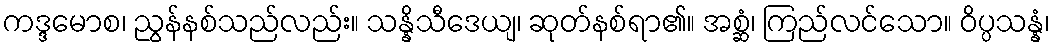
ကဒ္ဒမောစ၊ ညွန်နစ်သည်လည်း။ သန္နိသီဒေယျ၊ ဆုတ်နစ်ရာ၏။ အစ္ဆံ၊ ကြည်လင်သော။ ဝိပ္ပသန္နံ၊